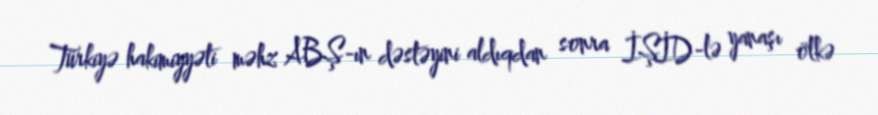
Türkiyə hakimiyyəti məhz ABŞ-ın dəstəyini aldıqdan sonra İŞİD-lə yanaşı ölkə